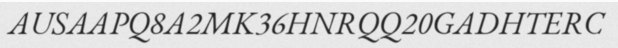
AUSAAPQ8A2MK36HNRQQ20GADHTERC